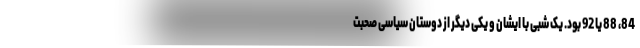
84، 88 یا 92 بود. یک شبی با ایشان و یکی دیگر از دوستان سیاسی صحبت